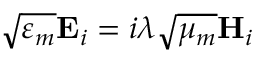
\sqrt { \varepsilon _ { m } } \mathbf { E } _ { i } = i \lambda \sqrt { \mu _ { m } } \mathbf { H } _ { i }